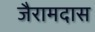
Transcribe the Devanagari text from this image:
जैरामदास